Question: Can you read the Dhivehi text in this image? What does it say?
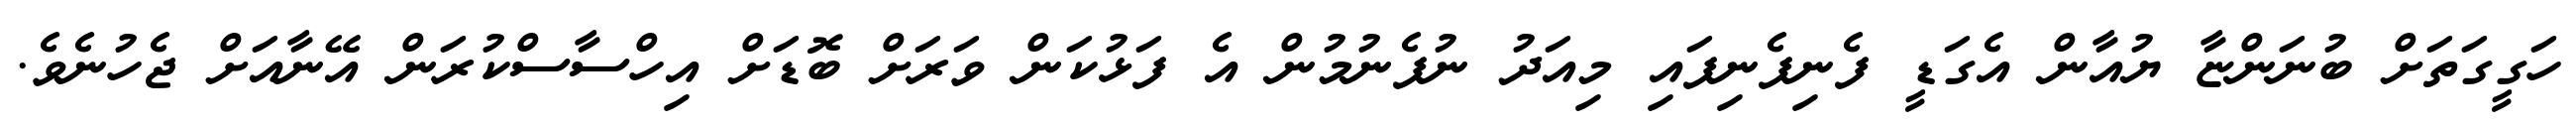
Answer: ހަގީގަތަށް ބުނަންޏާ ޔުއާން އެގަޑީ ފެނިފެނިފައި މިއަދު ނުފެނުމުން އެ ފަޅުކަން ވަރަށް ބޮޑަށް އިހްސާސްކުރަން އޭނާއަށް ޖެހުނެވެ.